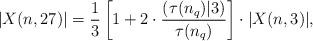
LaTeX: \begin{align*}|X(n,27)| = \frac13\left[1+2\cdot\frac{(\tau(n_q)|3)}{\tau(n_q)}\right]\cdot|X(n,3)|,\end{align*}